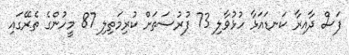
ފަސް ދާއިރާ ކަނޑައަޅާ ހުޅުވާލި 73 ފުރުސަތަށް ކުރިމަތިލި 87 މީހުންގެ ތެރޭގައި